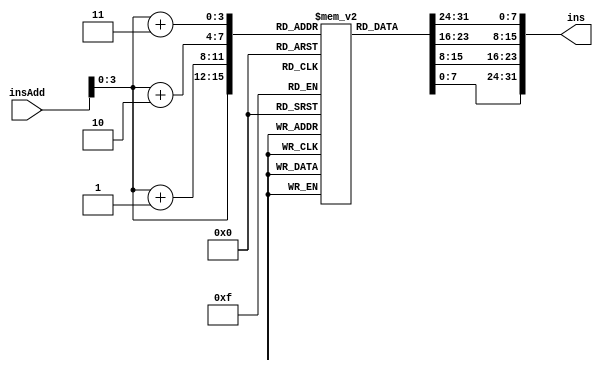
module instructionMemory(
	input [63:0] insAdd,
	output [31:0] ins
	);
	
	reg [7:0] memReg [15:0];		//16 8-bits memory registers
	
	/*
	integer index;
	initial
	begin
	for (index = 0; index < 16; index = index + 1)
		memReg[index] <= index;		//initializing 16 locations with arbitrary values
	end
	*/
	
	initial
	begin
	memReg[0] = 8'b10000011;
	memReg[1] = 8'b00110100;
	memReg[2] = 8'b10000101;
	memReg[3] = 8'b00000010;
	memReg[4] = 8'b10110011;
	memReg[5] = 8'b10000100;
	memReg[6] = 8'b10011010;
	memReg[7] = 8'b00000000;
	memReg[8] = 8'b10110011;
	memReg[9] = 8'b10000100;
	memReg[10] = 8'b00010100;
	memReg[11] = 8'b00000000;
	memReg[12] = 8'b00100011;
	memReg[13] = 8'b00110100;
	memReg[14] = 8'b10010101;
	memReg[15] = 8'b00000010;
	end	
	
	assign ins = {memReg[insAdd[3:0]+3], memReg[insAdd[3:0]+2], memReg[insAdd[3:0]+1], memReg[insAdd[3:0]]};

		
endmodule